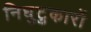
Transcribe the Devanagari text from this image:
निघुटुकारों